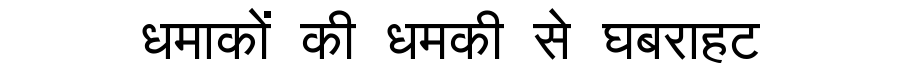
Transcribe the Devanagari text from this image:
धमाकों की धमकी से घबराहट